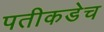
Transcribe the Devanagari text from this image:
पतीकडेच